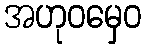
အဟုဝမှေဝ